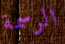
الرسمة